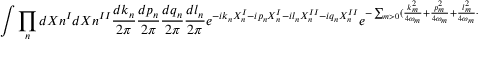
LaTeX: \int \prod _ { n } d X { n } ^ { I } d X { n } ^ { I I } \frac { d k _ { n } } { 2 \pi } \frac { d p _ { n } } { 2 \pi } \frac { d q _ { n } } { 2 \pi } \frac { d l _ { n } } { 2 \pi } e ^ { - i k _ { n } X _ { n } ^ { I } - i p _ { n } X _ { n } ^ { I } - i l _ { n } X _ { n } ^ { I I } - i q _ { n } X _ { n } ^ { I I } } e ^ { - \sum _ { m > 0 } ( \frac { k _ { m } ^ { 2 } } { 4 \omega _ { m } } + \frac { p _ { m } ^ { 2 } } { 4 \omega _ { m } } + \frac { l _ { m } ^ { 2 } } { 4 \omega _ { m } } + \frac { q _ { m } ^ { 2 } } { 4 \omega _ { m } } ) }